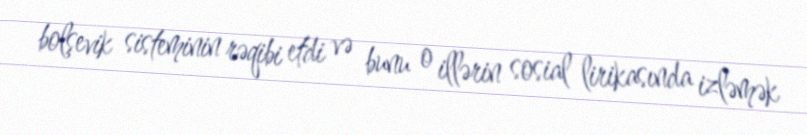
bolşevik sisteminin rəqibi etdi və bunu o illərin sosial lirikasında izləmək